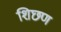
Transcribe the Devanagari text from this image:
शिछण